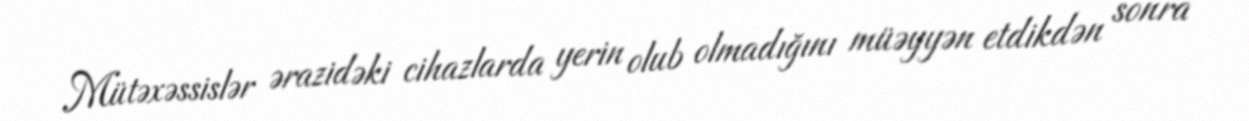
Mütəxəssislər ərazidəki cihazlarda yerin olub olmadığını müəyyən etdikdən sonra